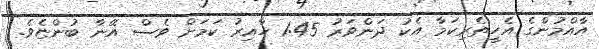
އާއްމުންގެ އެހީތެރިކަމާ އެކު ދަންވަރު 1:45 ހާއިރު ކަމަށް ވެސް އޭނާ ބުންޏެވެ.